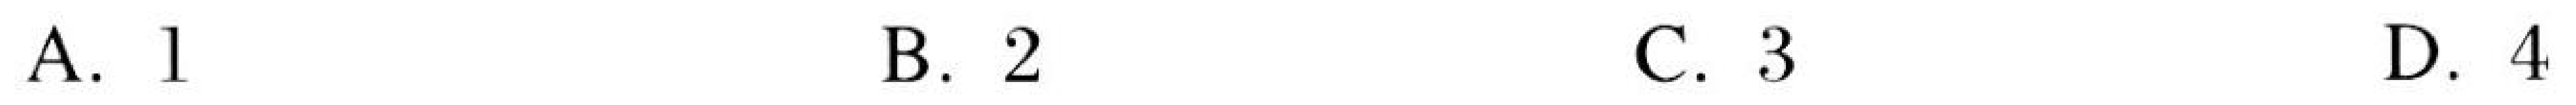
A. \(1\)  \qquad B. \(2\)  \qquad C. \(3\)  \qquad D. \(4\)